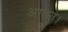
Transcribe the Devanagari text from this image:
आका।